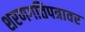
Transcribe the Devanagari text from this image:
शरणगतिपत्रावर